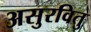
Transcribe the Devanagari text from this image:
असुरवितु